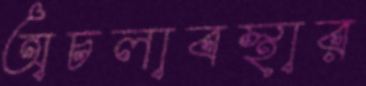
অচলাবস্থার